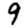
Digit: 9